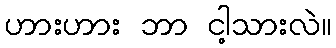
ဟားဟား ဘာ ငါ့သားလဲ။